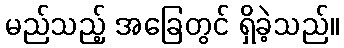
မည်သည့် အခြေတွင် ရှိခဲ့သည်။